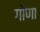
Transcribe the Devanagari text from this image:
गोणा